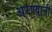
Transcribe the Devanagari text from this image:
अरण्यानी